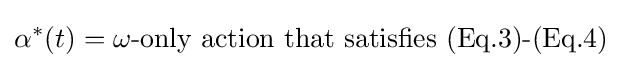
\alpha ^{*}(t)=\omega {\text{-only action that satisfies (Eq.3)-(Eq.4)}}